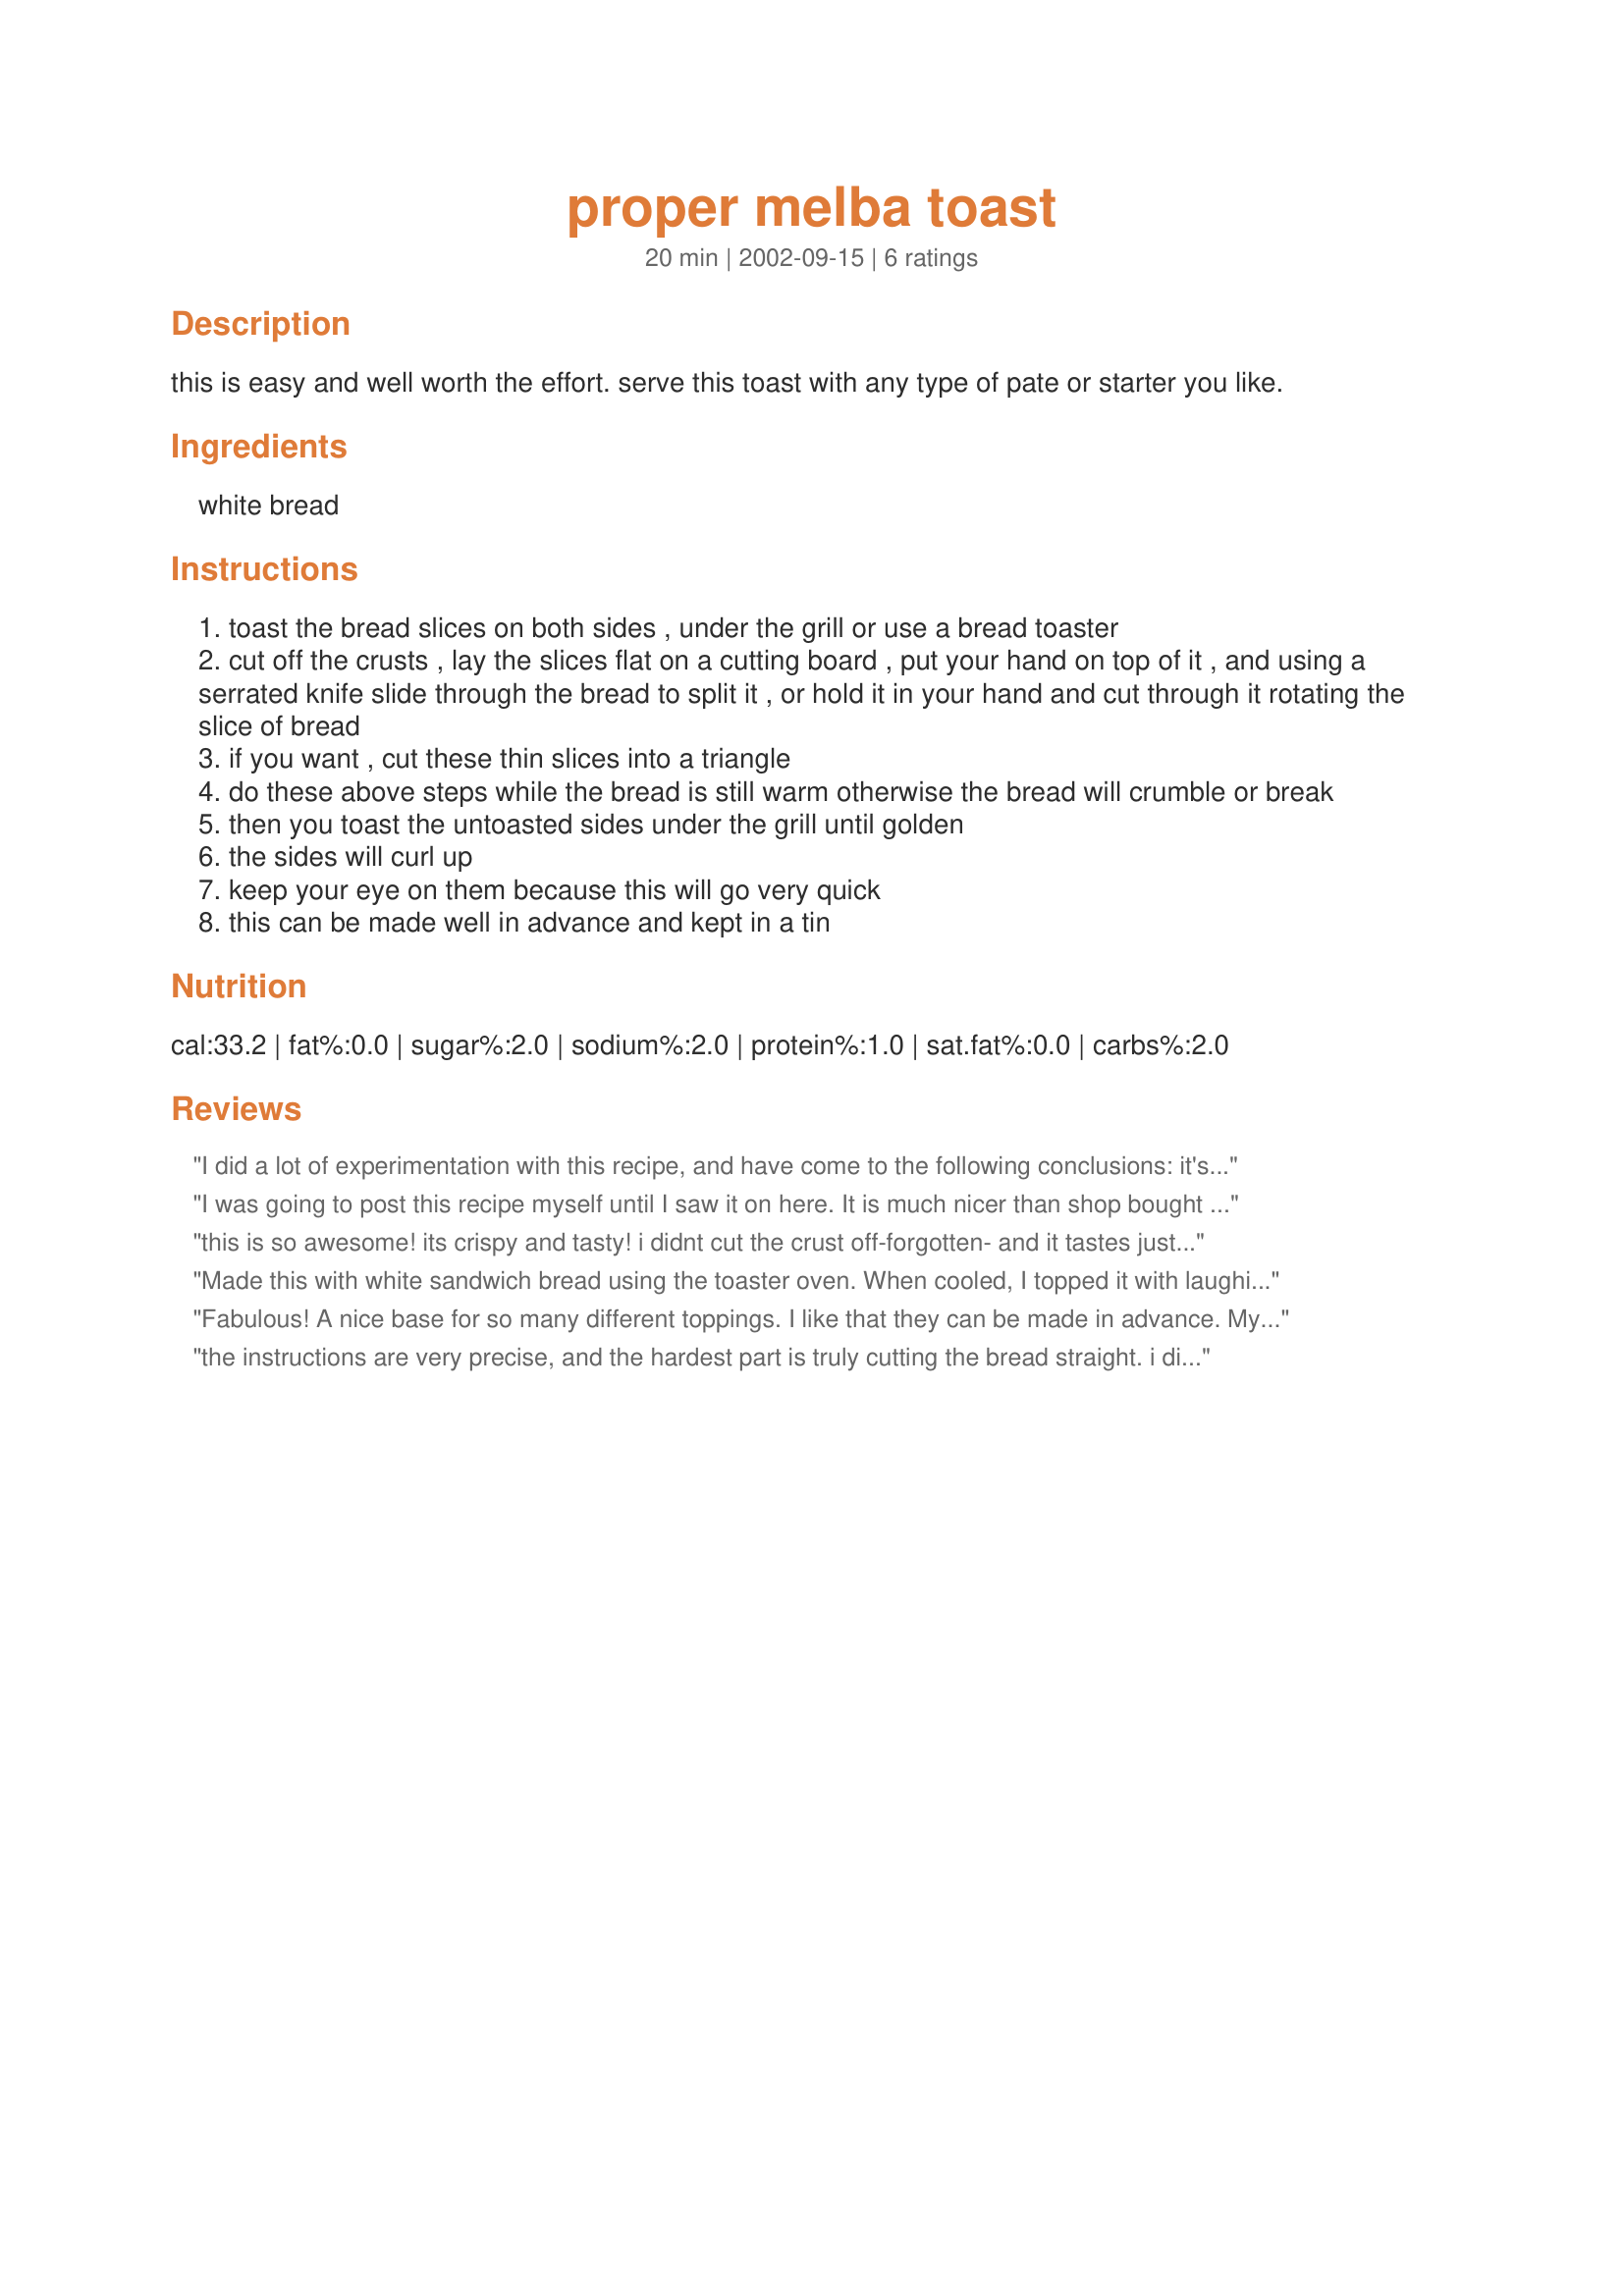
proper melba toast
Preparation time: 20 minutes

this is easy and well worth the effort. serve this toast with any type of pate or starter you like.

Ingredients:
white bread

Steps:
toast the bread slices on both sides , under the grill or use a bread toaster
cut off the crusts , lay the slices flat on a cutting board , put your hand on top of it , and using a serrated knife slide through the bread to split it , or hold it in your hand and cut through it rotating the slice of bread
if you want , cut these thin slices into a triangle
do these above steps while the bread is still warm otherwise the bread will crumble or break
then you toast the untoasted sides under the grill until golden
the sides will curl up
keep your eye on them because this will go very quick
this can be made well in advance and kept in a tin

Reviews:
I did a lot of experimentation with this recipe, and have come to the following conclusions: it's best to use a light, airy sort of bread (rather than a denser, heavier bread), whole wheat works fine, it's easier to avoid burning if you leave the rack at the centre of the oven rather than moving the rack up to the top. I got good results when following those tips. However, the amount of patience, attention and care that this requires means that I won't be doing this on a regular basis. Only when I want to impress!
I was going to post this recipe myself until I saw it on here. It is much nicer than shop bought crackers. I always cut them into triangles before slicing the bread in half - I find it much easier.
this is so awesome! its crispy and tasty! i didnt cut the crust off-forgotten- and it tastes just great and i tosted it using a bread toaster! ideas for low cal food with this recipe:
1.top it with some vege,sauce and cheese and you got a simple pizza! 
2. spread 1/2 a serving of sugarfree jam on each slice and you got 2 toasts for the cals of one!
3.place one cooked egg white 1 fatfree cheese and some salsa in between.
Made this with white sandwich bread using the toaster oven. When cooled, I topped it with laughing cow cheese spread. It's a nice change over the packaged melba toast which is so hard on your teeth.
Fabulous! A nice base for so many different toppings. I like that they can be made in advance. My kids like "little nibbles", so I will probably use this recipe a lot.
the instructions are very precise, and the hardest part is truly cutting the bread straight. i did it all in my toaster oven and used plain old white bread and potato bread, as that is what i had on hand. the white bread worked much better, potato bread slices cooked faster and was more prone to overcook.
nevertheless, this was great with the mushroom pate i served it with, and this is a keeper for those cocktail parties that just seem to happen
